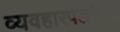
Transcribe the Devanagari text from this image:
व्यवहारपद्धतियाँ